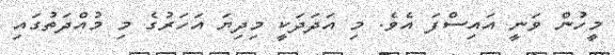
މީހުން ވަނީ އައިސްފަ އެވެ. މި އަދަދަކީ މިދިޔަ އަހަރުގެ މި މުއްދަތުގައި